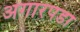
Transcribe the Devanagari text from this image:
अगारपडा